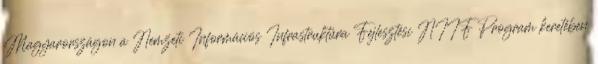
Magyarországon a Nemzeti Információs Infrastruktúra Fejlesztési NIIF Program keretében